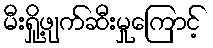
မီးရှို့ဖျက်ဆီးမှုကြောင့်